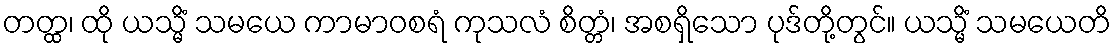
တတ္ထ၊ ထို ယသ္မိံ သမယေ ကာမာဝစရံ ကုသလံ စိတ္တံ၊ အစရှိသော ပုဒ်တို့တွင်။ ယသ္မိံ သမယေတိ